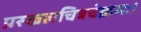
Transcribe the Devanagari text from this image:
प्रस्खलचित्रचंक्रमः।